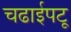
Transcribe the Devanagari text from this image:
चढाईपटू